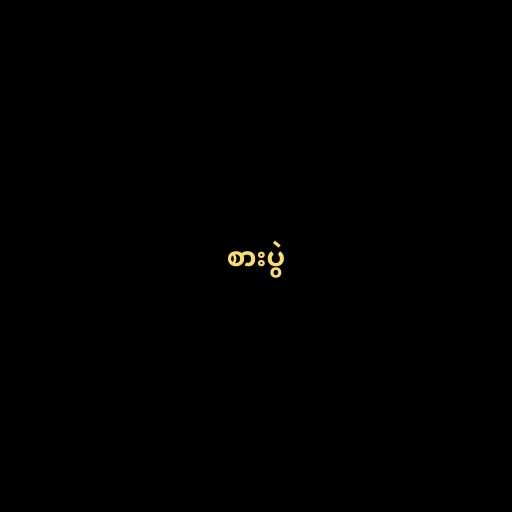
စားပွဲ